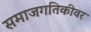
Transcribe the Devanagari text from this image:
समाजगतिकीवर